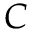
C